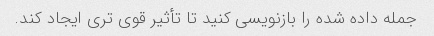
جمله داده شده را بازنویسی کنید تا تأثیر قوی تری ایجاد کند.